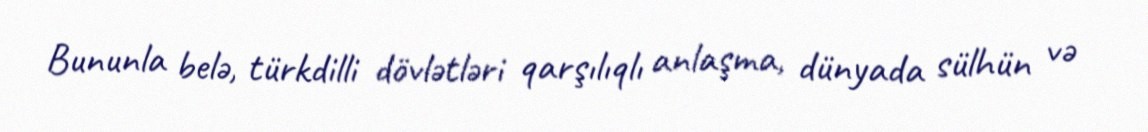
Bununla belə, türkdilli dövlətləri qarşılıqlı anlaşma, dünyada sülhün və